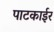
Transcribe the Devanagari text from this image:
पाटकाईर